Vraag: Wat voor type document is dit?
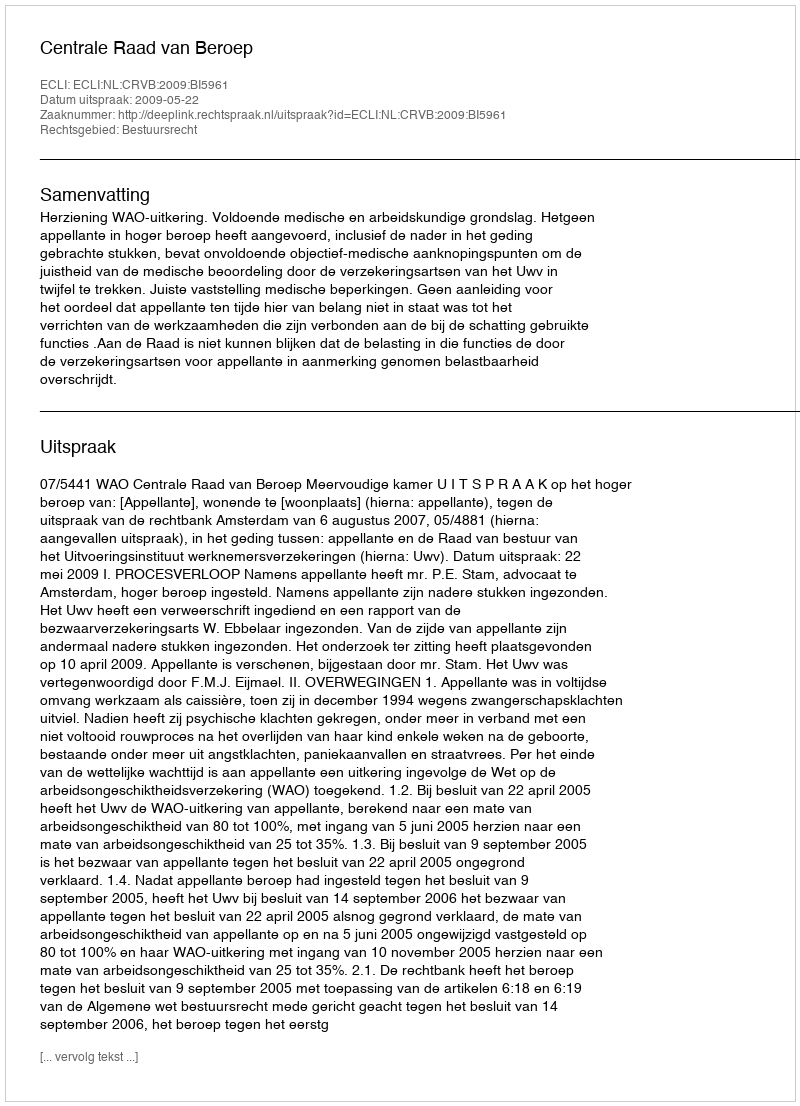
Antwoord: Uitspraak